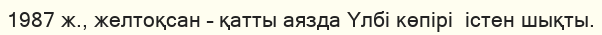
1987 ж., желтоқсан – қатты аязда Үлбі көпірі  істен шықты.